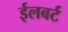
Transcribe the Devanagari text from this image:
ईलबर्ट